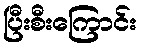
ပြီးစီးကြောင်း